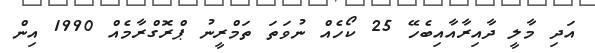
އަދި މާލީ ދާއިރާއާއިބެހޭ 25 ކޯހެއް ނުވަތަ ތަމްރީނު ޕްރޮގްރާމެއް 1990 އިން